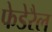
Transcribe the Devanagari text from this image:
फेडेरैल